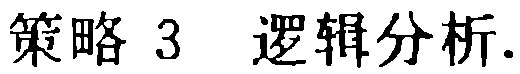
策略 3 逻辑分析.